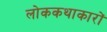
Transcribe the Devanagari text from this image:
लोककथाकारों